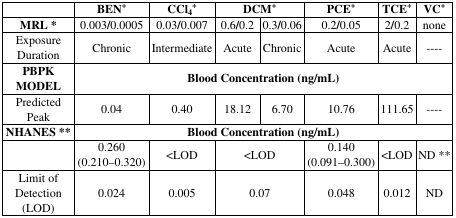
<table><thead><tr><td></td><td><b>BEN<sup>+</sup></b></td><td><b>CCl<sub>4</sub><sup>+</sup></b></td><td colspan="2"><b>DCM<sup>+</sup></b></td><td><b>PCE<sup>+</sup></b></td><td><b>TCE<sup>+</sup></b></td><td><b>VC<sup>+</sup></b></td></tr></thead><tbody><tr><td><b>MRL</b>*</td><td>0.003<b>/</b>0.0005</td><td>0.03<b>/</b>0.007</td><td>0.6<b>/</b>0.2</td><td>0.3<b>/</b>0.06</td><td>0.2<b>/</b>0.05</td><td>2<b>/</b>0.2</td><td>none</td></tr><tr><td>Exposure Duration</td><td>Chronic</td><td>Intermediate</td><td>Acute</td><td>Chronic</td><td>Acute</td><td>Acute</td><td>----</td></tr><tr><td><b>PBPK MODEL</b></td><td colspan="7"><b>Blood Concentration (ng/mL)</b></td></tr><tr><td>Predicted Peak</td><td>0.04</td><td>0.40</td><td>18.12</td><td>6.70</td><td>10.76</td><td>111.65</td><td>----</td></tr><tr><td><b>NHANES</b>**</td><td colspan="7"><b>Blood Concentration (ng/mL)</b></td></tr><tr><td></td><td>0.260 (0.210–0.320)</td><td>&lt;LOD</td><td colspan="2">&lt;LOD</td><td>0.140 (0.091–0.300)</td><td>&lt;LOD</td><td>ND **</td></tr><tr><td>Limit of Detection (LOD)</td><td>0.024</td><td>0.005</td><td colspan="2">0.07</td><td>0.048</td><td>0.012</td><td>ND</td></tr></tbody></table>